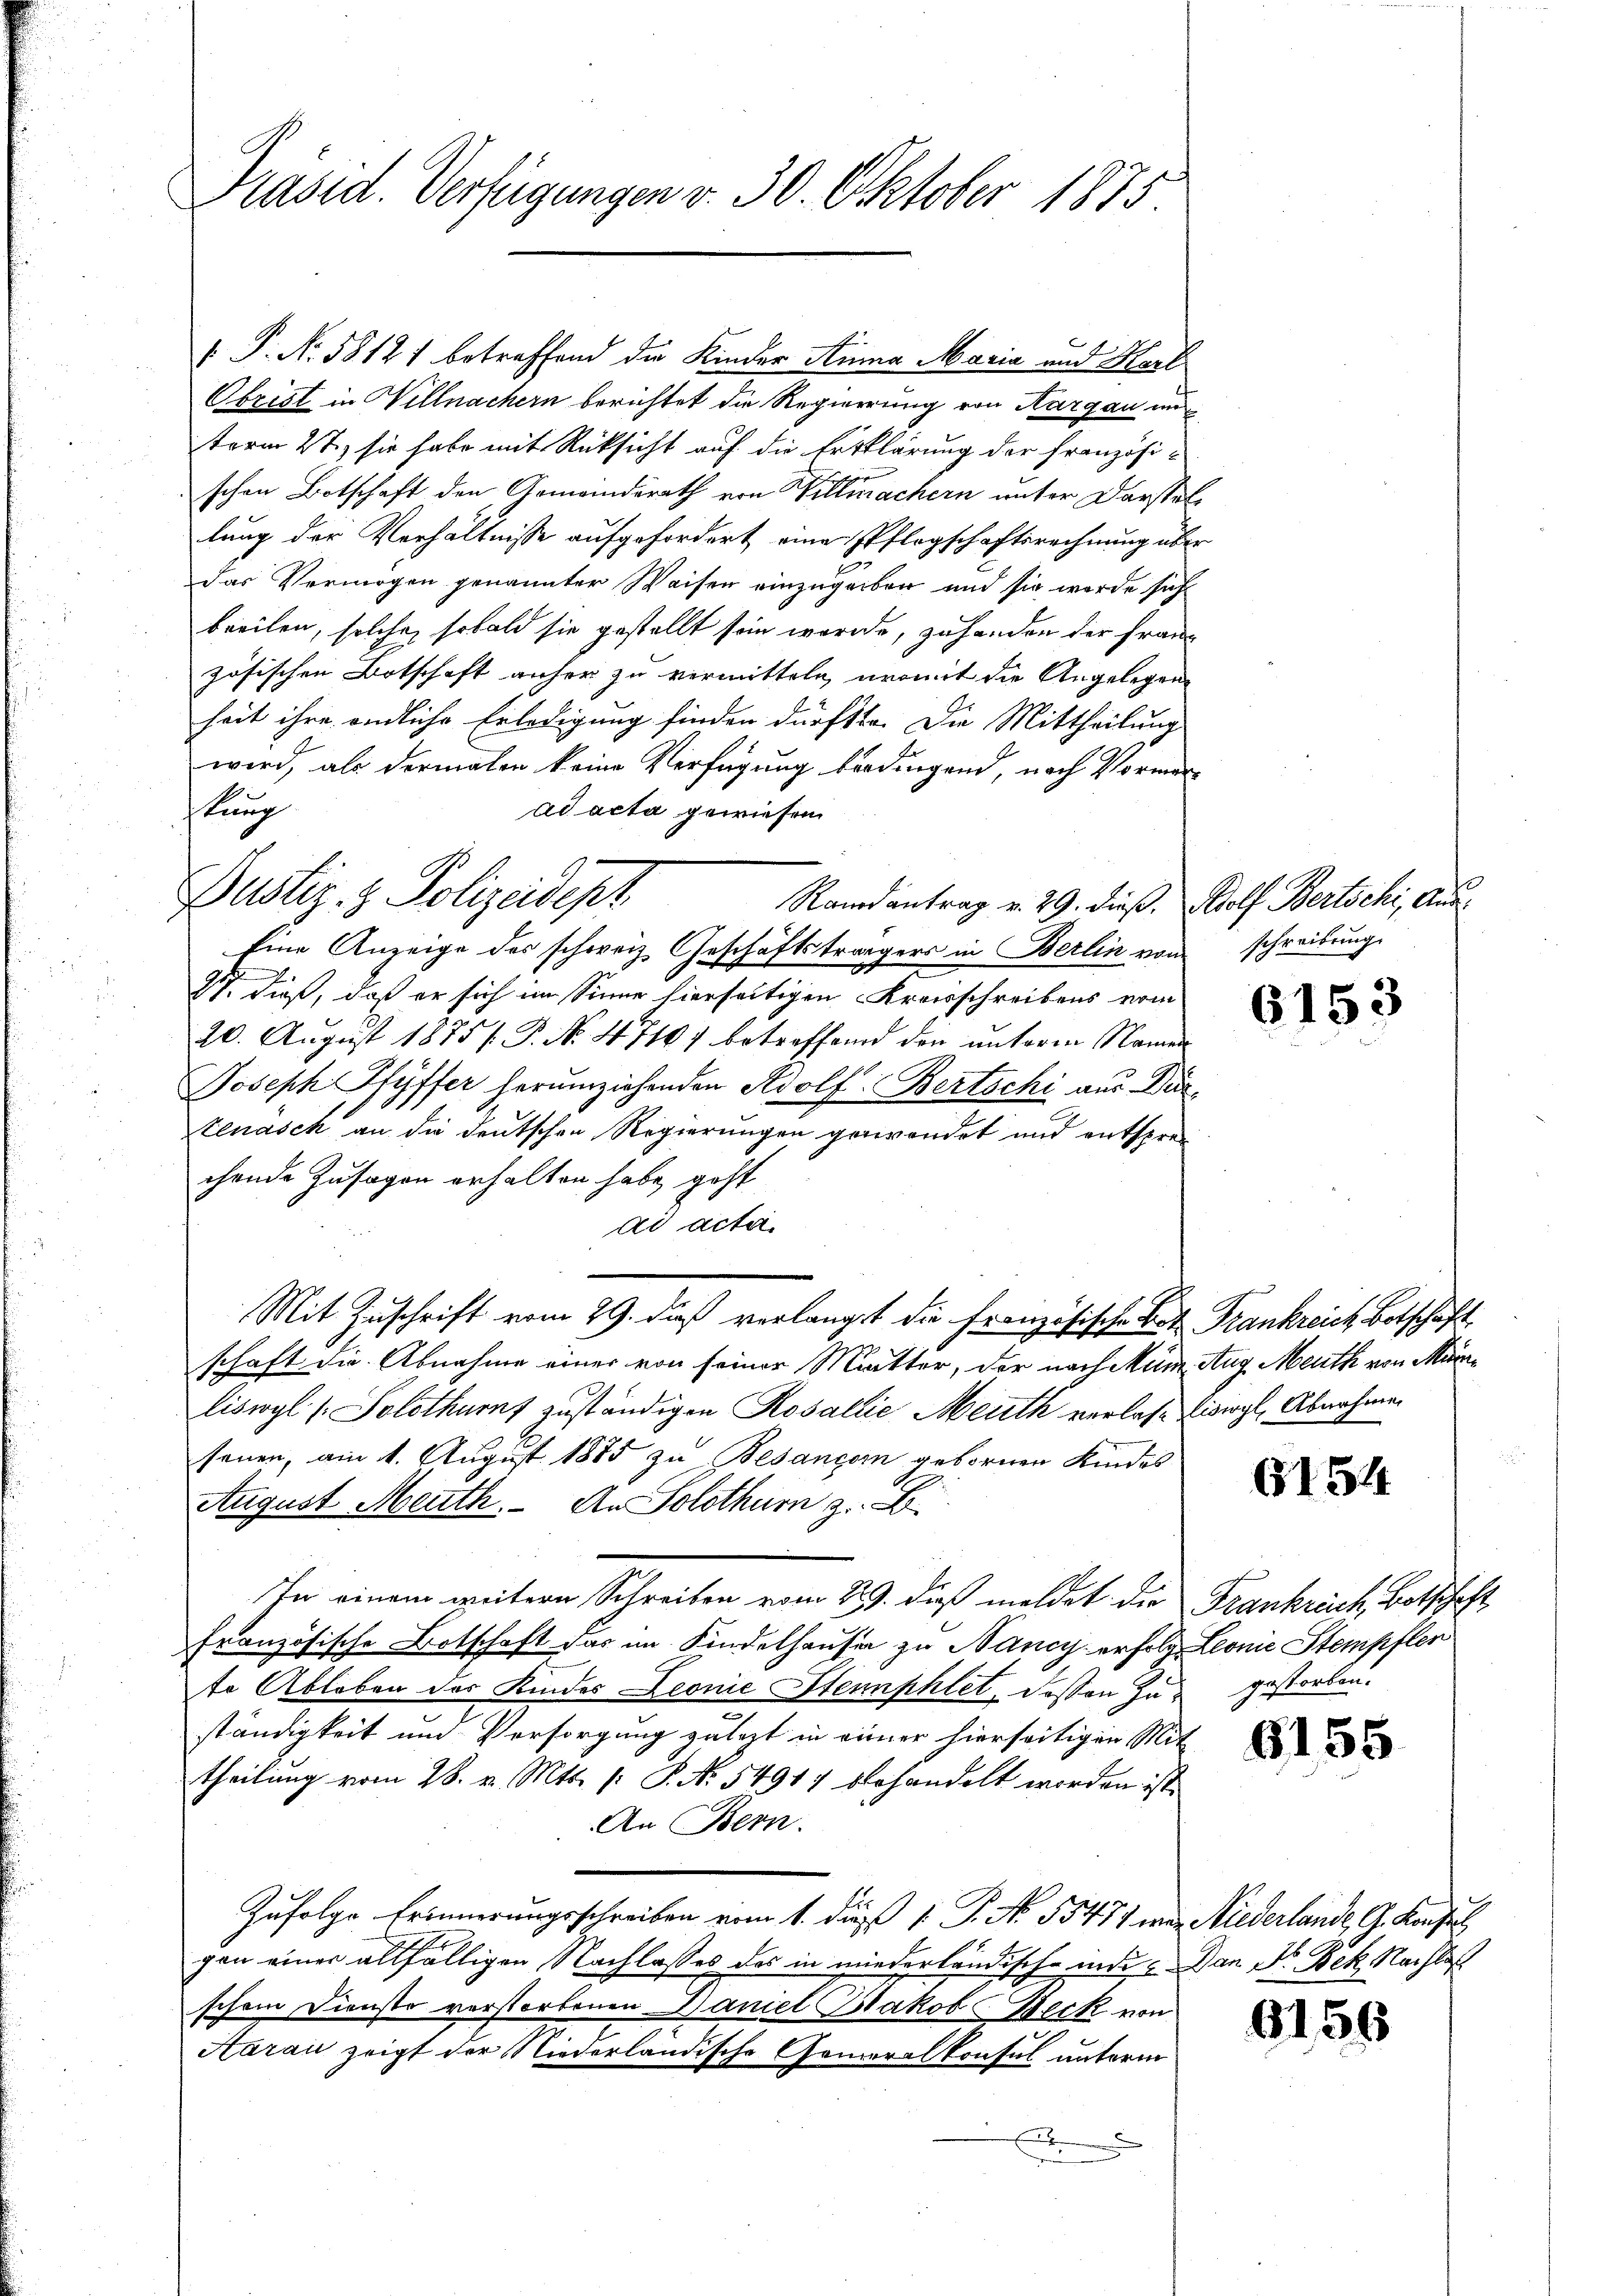
Präsid. Verfügungen v. 30. Oktober 1875.

P. Nr. 58121 betreffend die Kinder Anna Maria und Harl
Obrist in Willnachern berichtet die Regierung von Aargau un
term 27.) sie habe mit Rücksicht auf die Erklärung der Französischen Botschaft den Gemeinderath von Willmachern unter Darstel
lung der Verhältnisse aufgefordert eine Pflegschaftsrechnung über
das Vermögen genannter Waisen einzugeben und sie werde sich
breiten, solche, sobald sie gestellt sein werde, zu handen der Franz
zösischen Botschaft anher zu vermitteln, womit die Angelegen
heit ihre endliche Erledigung finden dürfte. Die Mittheilung
wird, als dermalen keine Verfügung berdingend, nach Vormer
ad acta gewiesen
ftung
Randantrag v. 29. dieß. Adolf Bertschi, Aus¬
Eine Anzeige des schweiz. Geschäftsträgers in Berlin vom
97. dieß, daß er sich im Sinne hierseitigen Kreisschreibens vom
20. August 1875 / P. No. 471) betreffend den unterm Namen
Joseph Pfyffer herumziehenden Adolf Bertschi aus Ditenasch an die deutschen Regierungen gewendet und entsprechende Zusagen erhalten habe, geht
ad acta.
Mit Zuschrift vom 29. daß verlangt die Französische Bet Frankreich Botschaft
schaft die Abnahme einer von seiner Mutter, der nach Münz Aug. Meuth von Murliswyl /: Solothurn zuständigen Rosallie Meuth verlasse lisirgl, Abnahme
senen, am 1. August 1875 zu Besanger gebornen Kindes
August Meuth. An Solothur z. B.
In einem weitern Schreiben vom 22. dieß meldet die Frankreich Botschaft
französische Botschaft das im Kindelhausen zu Nancy erfolg. Leone Stempfer
te Ableben des Kindes Leonie Stemphlet, dessen zu gestorben.
ständigkeit und Vorsorgung zulezt in einer hierseitigen Mit
theilung vom 28. v. Mts. /: P. Nr. 54917 behandelt worden ist.
An Bern.
Zufolge Erinnerungsschreiben vom 1. die 1. P. No. 55477 war Niederlande G. Konsul
gen einer allfälligen Nachlasses des in wiederländische inde. Dan Dr. Bek. Nachlas
schon Dienste verstorbenen Daniel Jakob Beck von
Aarau zeigt der Niederländische Generalkonsul unterm
.

Bustiz- & Polizeidept

schreibung.

6153

G154

6155

6156